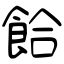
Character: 餄